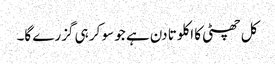
کل چھٹی کا اکلوتا دن ہے جو سو کر ہی گزرے گا۔